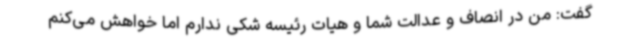
گفت: من در انصاف و عدالت شما و هیات رئیسه شکی ندارم اما خواهش می‌کنم